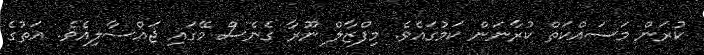
ކުރަން މަސައްކަތް ކުރާނަން ކަމުގައެވެ. މިފްޒާލް ނޫރާ ގެނެސް މޭގައި ޖައްސާލިއެވެ. އަތުގެ